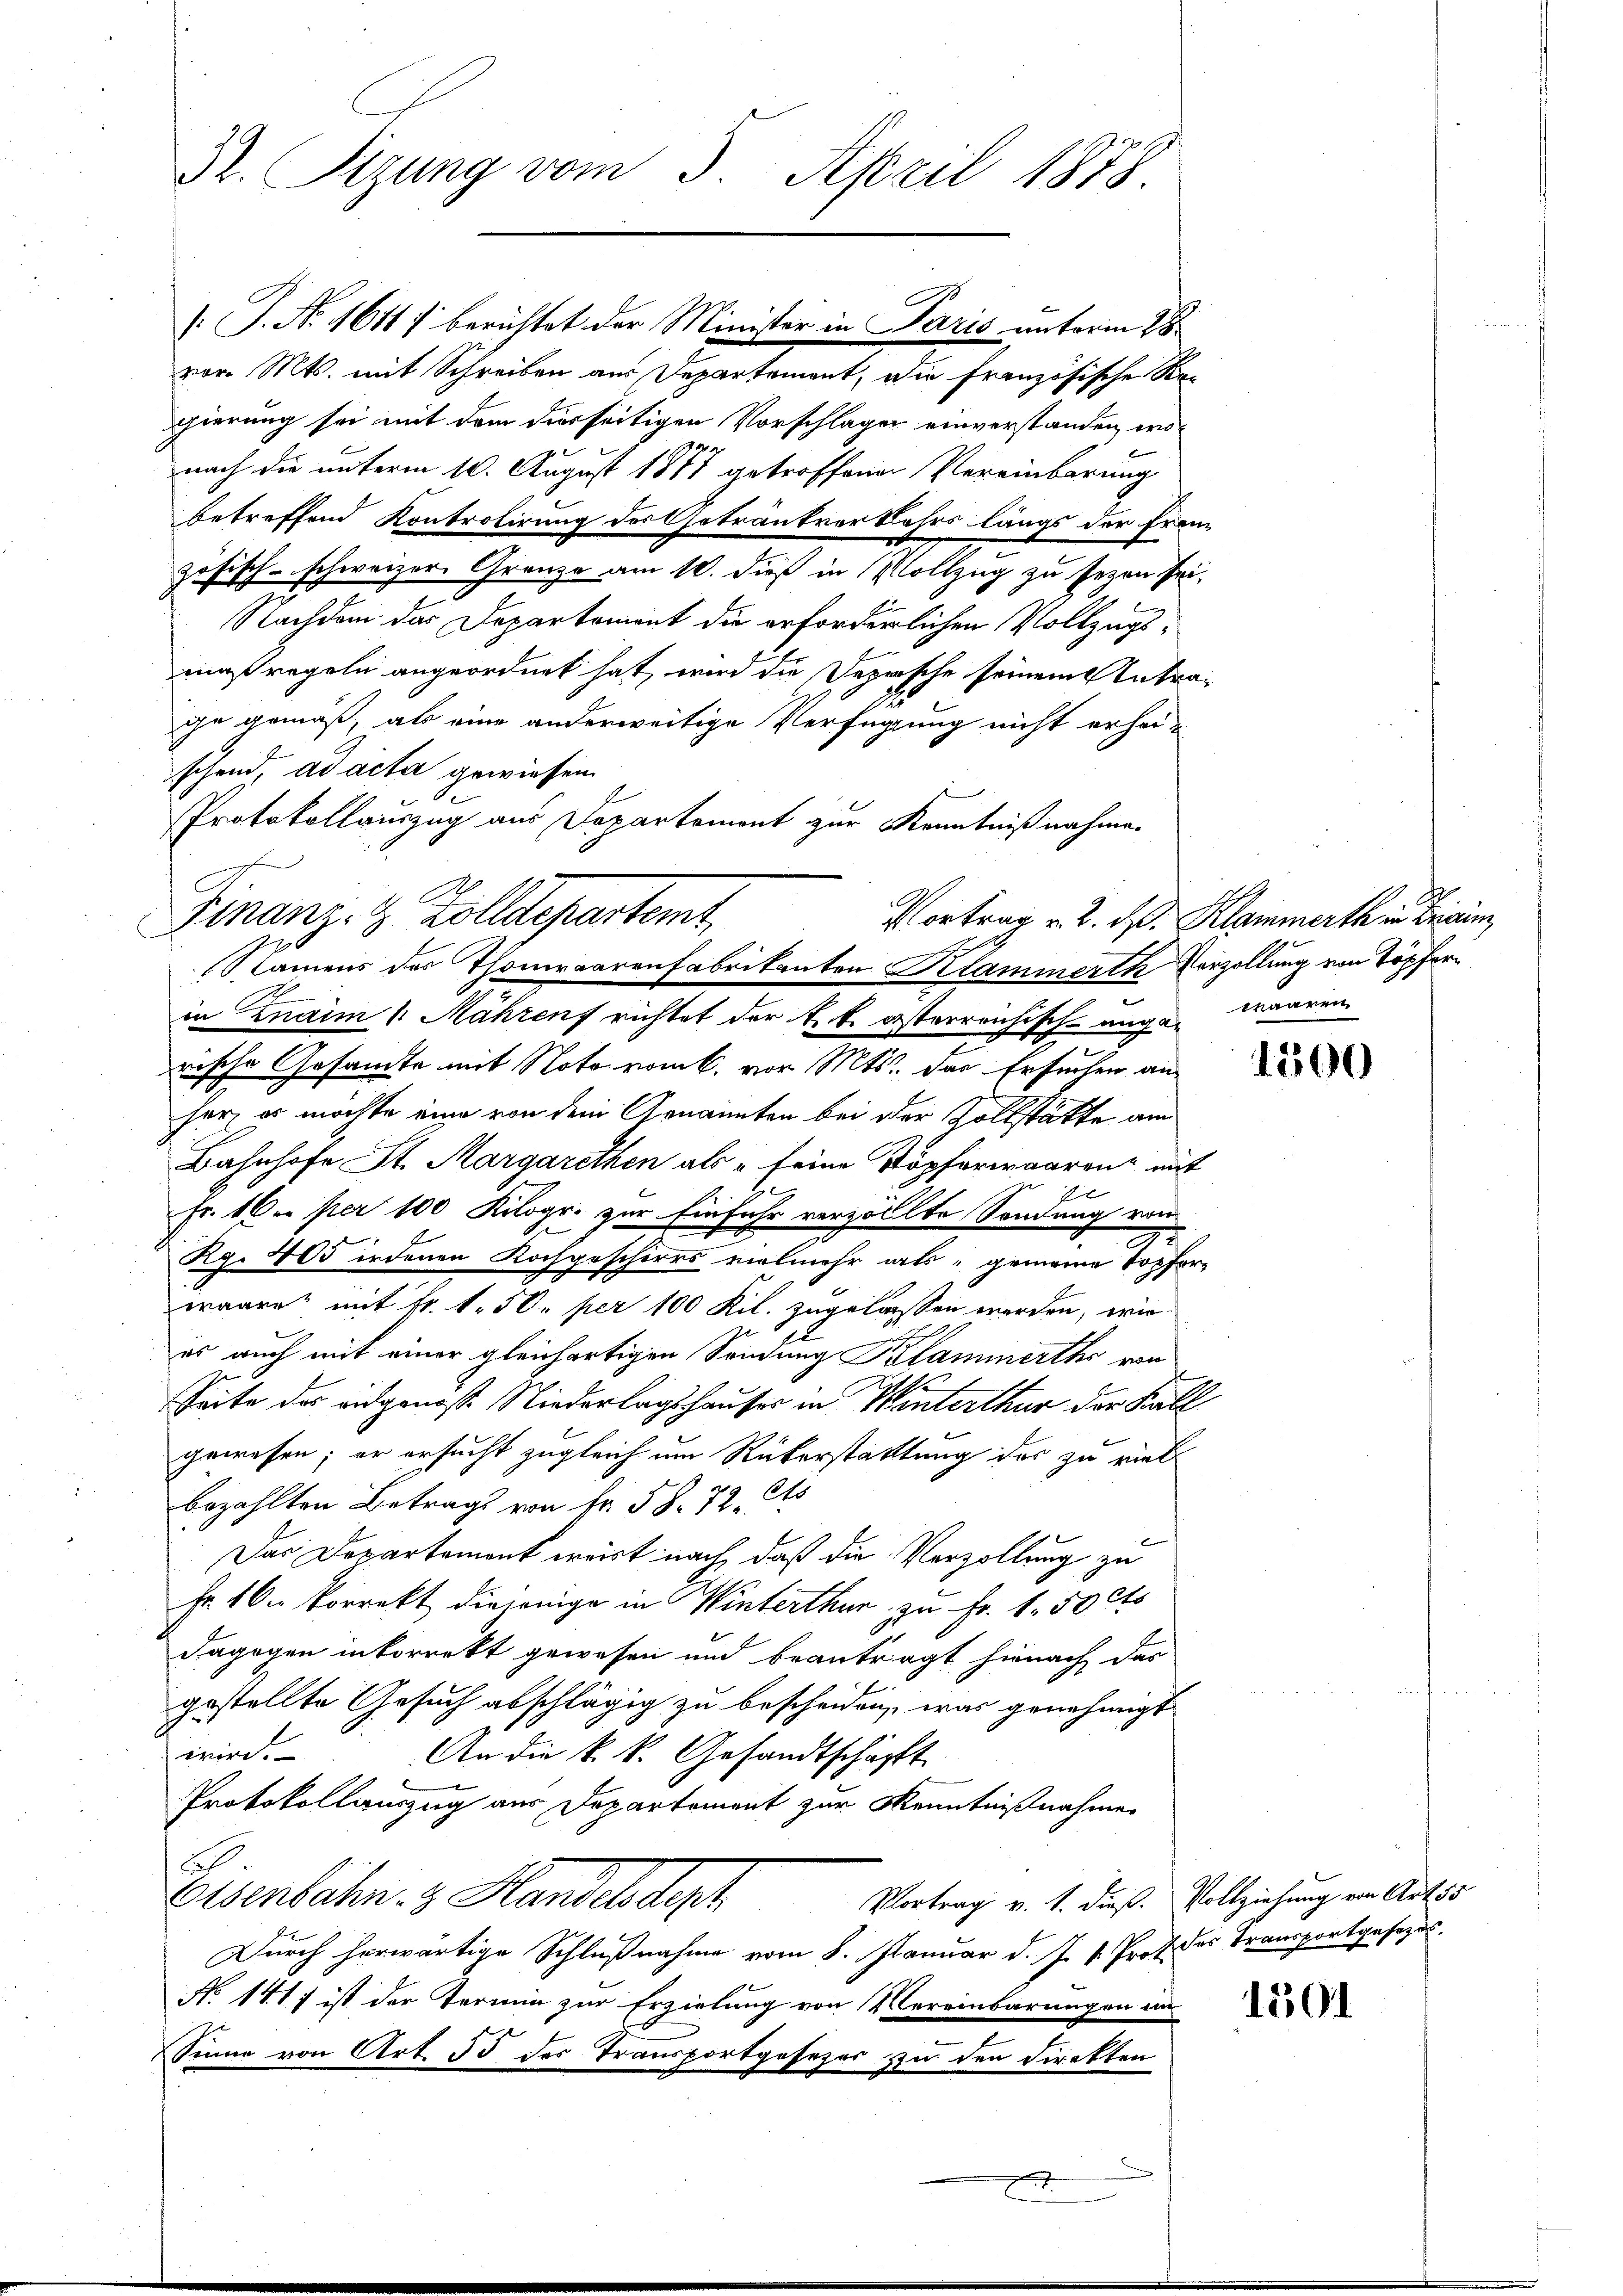
Dr. Sizung vom 3. April 1878.

vor. Mts. mit Schreiben aus Departement, die französische Re-
gierung sei mit dem dierseitigen Vorschlagen einverstanden, wonach die unterm 10. August 1877 getroffenen Vereinbarung
betreffend Kontrolirung des Getränkverkehrs längs der Fran
zösisch-schweizer Gränze am 10. dieß in Vollzug zu seyen sei.
Nachdem das Departement die erforderlichen Vollzugsmaßregeln angeordnet hat, wird die Deprische seinem Antraihe gemäß, als eine anderweitige Verfügung nicht erhei-
schend, ad acta gewiesen
Protokollauszug aus Departement zur Kenntnißnahme
rische Gesandte mit Noto vom 6. vor Mts. das Ersuchen anherz es möchte eine von dem Genannten bei der Vollstätte am
Bahnhofe St. Margarethen als " seine Köpferwaarenz mit
1
Fr. 10er per 100 Kilogr. zur Einfuhr verzollte Sendung von
Rg. 405 irdenen Kochgeschirrs vielmehr als gemeine Torfor-
waare mit Fr. 1. 50. per 100 Kil. zugelassen werden, wie
es auch mit einer gleichartigen Sendung Klammerthe von
Seite des andgenosse Niederlagshauses in Winterthur der Fall
gewesen; er ersucht zugleich um Rükerstattung des zu viel
6to
bezahlten Betrags von Nr. 58. 72
Das Departement errirt nach, daß die Verzollung zu
Fr. 16. korrekt diejenige in Winterthur zu Fr. 1.50 cts
dagegen inkorrekt gewesen und beantragt hienach, das
gestellte Gesuch abschlägig zu bescheiden, was genehmigt
wird.
An die k. k. Gesandtschäfft
Protokollanzug aus Departement zur Kenntnißnahme
Eisenbahn & Handelndert
Vortrag v. 1. dieß. Vollziehung von Art. 55
Durch herwärtige Schlußnahme vom 8. Januar d. J. 1. Prof. des Transportgesezes
No 1417 ist der Termin zur Erzielung von Vereinbarungen in
Sinne von Art. 55 des Transportgesezes zu den Direkten

[J. No. 1611) berichtet der Minister in Paris unterm 28.

Finanz- & Zolldepartemt
Vortrag v. 2. ds. Klammerth in Brism
Namens des Thomraarenfabrikanten Klammerth Vorzollung von Töpfer
in Znaim 1. Mähren richtet der k. k. österreichisch-unga waaren

7

1500

1501